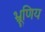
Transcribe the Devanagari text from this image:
भ्रूणिय